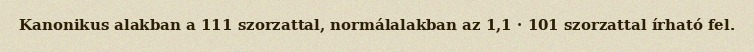
Kanonikus alakban a 111 szorzattal, normálalakban az 1,1 · 101 szorzattal írható fel.